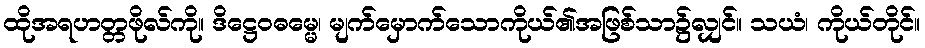
ထိုအရဟတ္တဖိုလ်ကို။ ဒိဋ္ဌေဝဓမ္မေ၊ မျက်မှောက်သောကိုယ်၏အဖြစ်သာ၌လျှင်။ သယံ၊ ကိုယ်တိုင်။